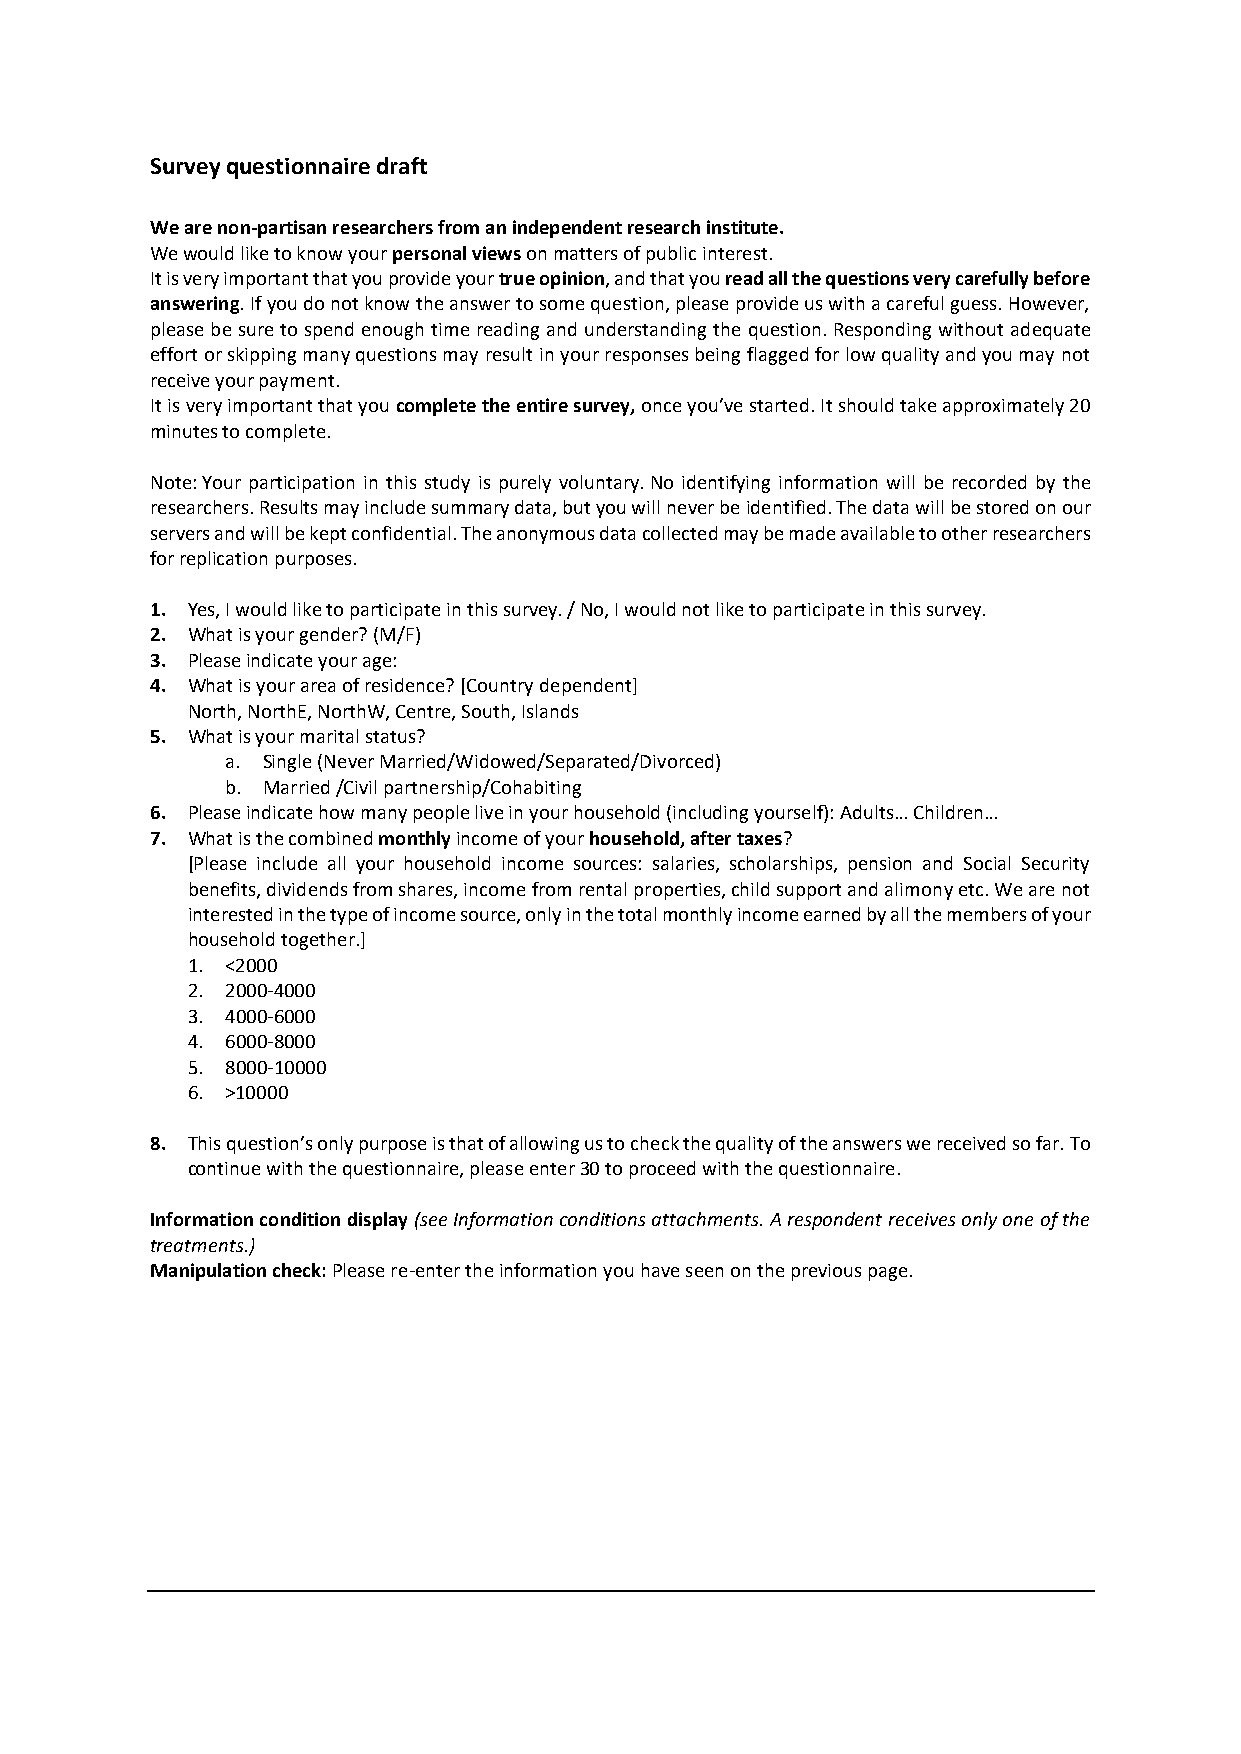
Survey questionnaire draft
 We are non-partisan researchers from an independent research institute.
 We would like to know your personal views on matters of public interest.
 It is very important that you provide your true opinion, and that you read all the questions very carefully before
 answering. If you do not know the answer to some question, please provide us with a careful guess. However,
 please be sure to spend enough time reading and understanding the question. Responding without adequate
 effort or skipping many questions may result in your responses being flagged for low quality and you may not
 receive your payment.
 It is very important that you complete the entire survey, once you’ve started. It should take approximately 20
 minutes to complete.
 Note: Your participation in this study is purely voluntary. No identifying information will be recorded by the
 researchers. Results may include summary data, but you will never be identified. The data will be stored on our
 servers and will be kept confidential. The anonymous data collected may be made available to other researchers
 for replication purposes.
 1. Yes, I would like to participate in this survey. / No, I would not like to participate in this survey.
 2. What is your gender? (M/F)
 3. Please indicate your age:
 4. What is your area of residence? [Country dependent]
 North, NorthE, NorthW, Centre, South, Islands
 5. What is your marital status?
 a. Single (Never Married/Widowed/Separated/Divorced)
 b. Married /Civil partnership/Cohabiting
 6. Please indicate how many people live in your household (including yourself): Adults… Children…
 7. What is the combined monthly income of your household, after taxes?
 [Please include all your household income sources: salaries, scholarships, pension and Social Security
 benefits, dividends from shares, income from rental properties, child support and alimony etc. We are not
 interested in the type of income source, only in the total monthly income earned by all the members of your
 household together.]
 1. <2000
 2. 2000-4000
 3. 4000-6000
 4. 6000-8000
 5. 8000-10000
 6. >10000
 8. This question’s only purpose is that of allowing us to check the quality of the answers we received so far. To
 continue with the questionnaire, please enter 30 to proceed with the questionnaire.
 Information condition display (see Information conditions attachments. A respondent receives only one of the
 treatments.)
 Manipulation check: Please re-enter the information you have seen on the previous page.